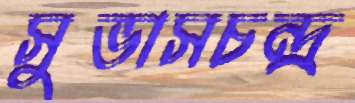
সুভাসচন্দ্র